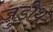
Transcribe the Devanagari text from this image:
जुडीथ